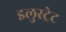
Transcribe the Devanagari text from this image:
इलुस्ट्रेट